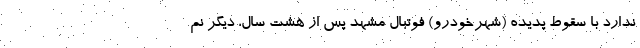
ندارد با سقوط پدیده (شهرخودرو) فوتبال مشهد پس از هشت سال، دیگر نم